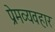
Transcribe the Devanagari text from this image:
प्रेमव्यवहार